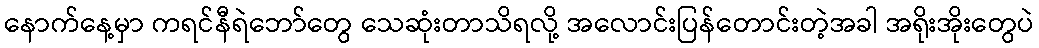
နောက်နေ့မှာ ကရင်နီရဲဘော်တွေ သေဆုံးတာသိရလို့ အလောင်းပြန်တောင်းတဲ့အခါ အရိုးအိုးတွေပဲ